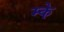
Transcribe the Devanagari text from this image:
म्के